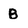
Character: B